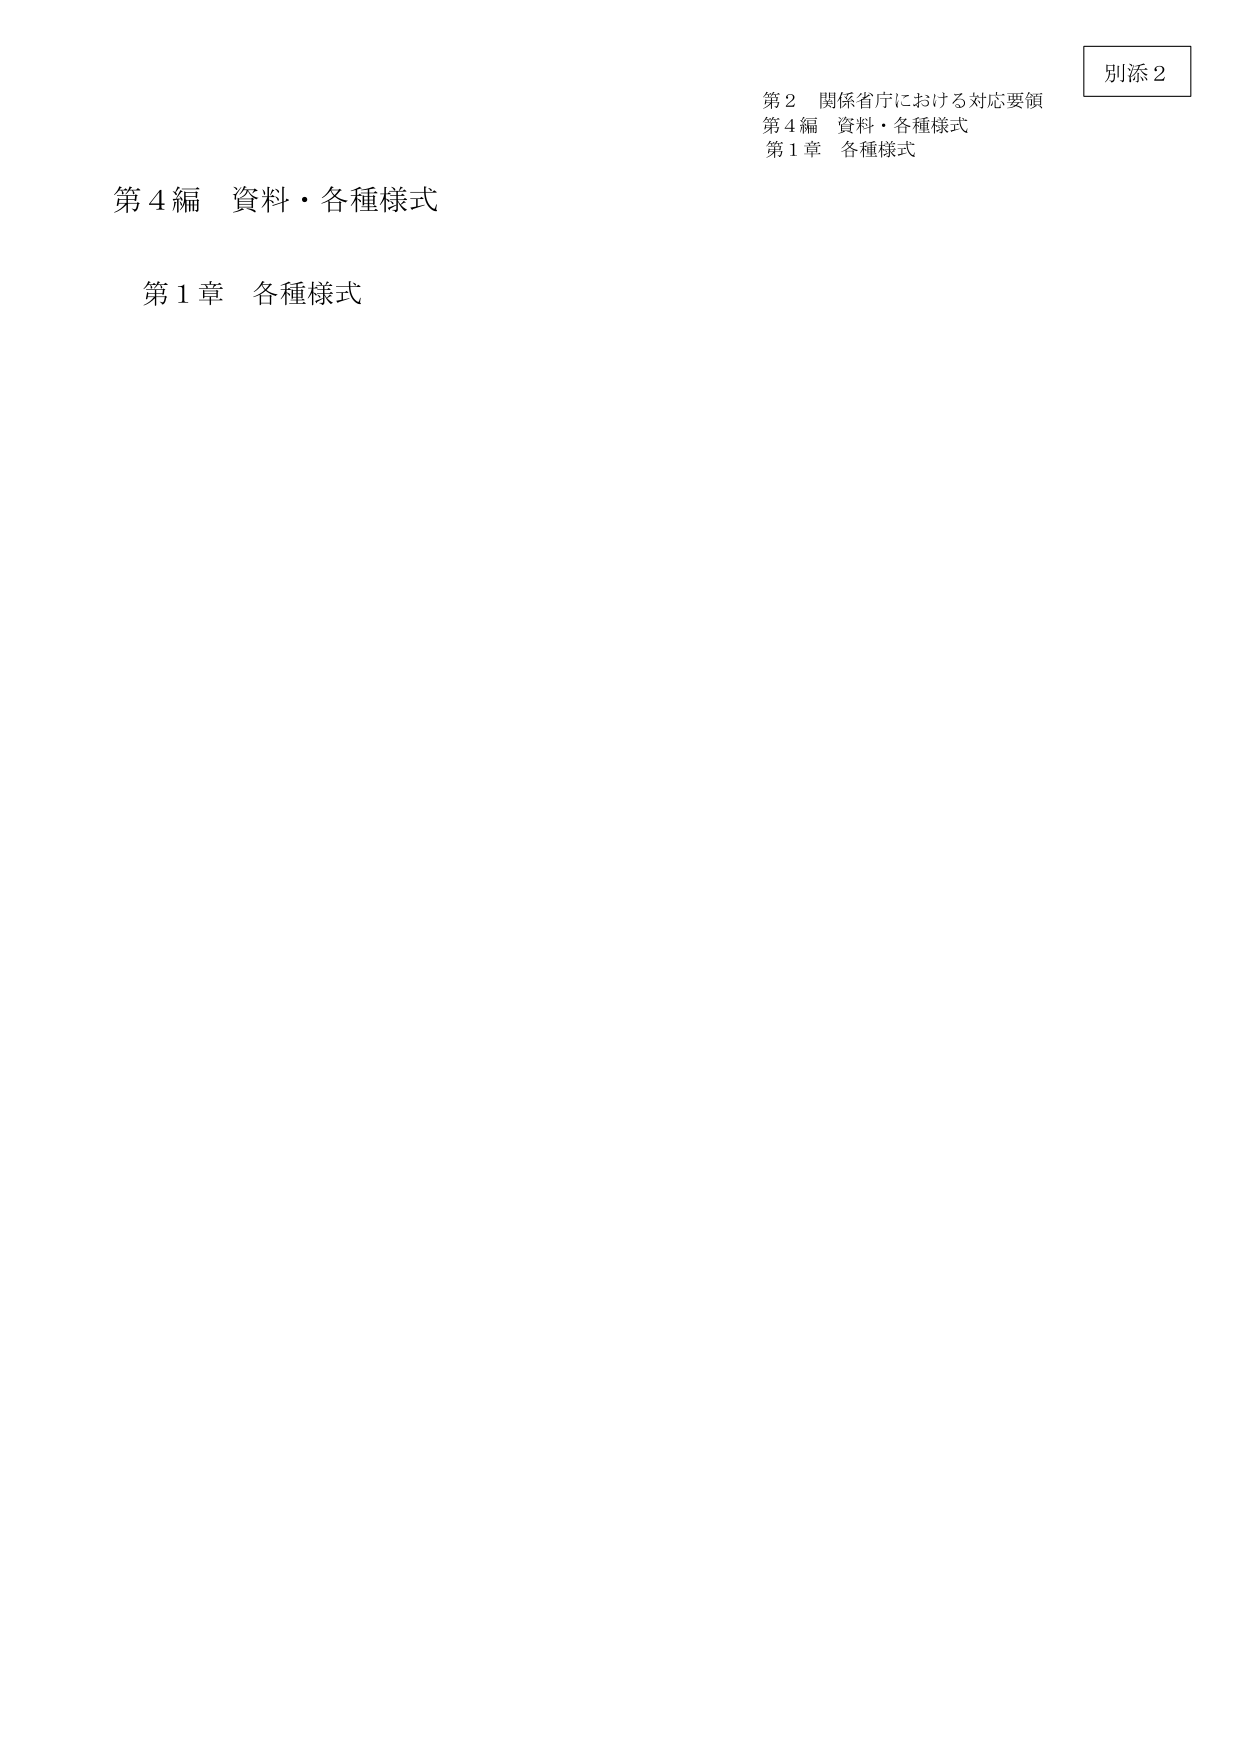
別添２

第２ 関係省庁における対応要領
第４編 資料・各種様式
第１章 各種様式

第４編 資料・各種様式
第１章 各種様式